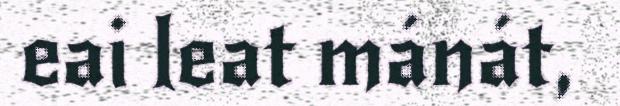
eai leat mánát,